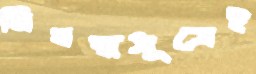
নিবন্ধসূত্রেই